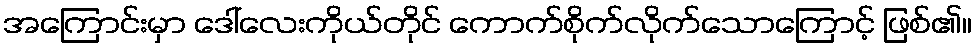
အကြောင်းမှာ ဒေါ်လေးကိုယ်တိုင် ကောက်စိုက်လိုက်သောကြောင့် ဖြစ်၏။